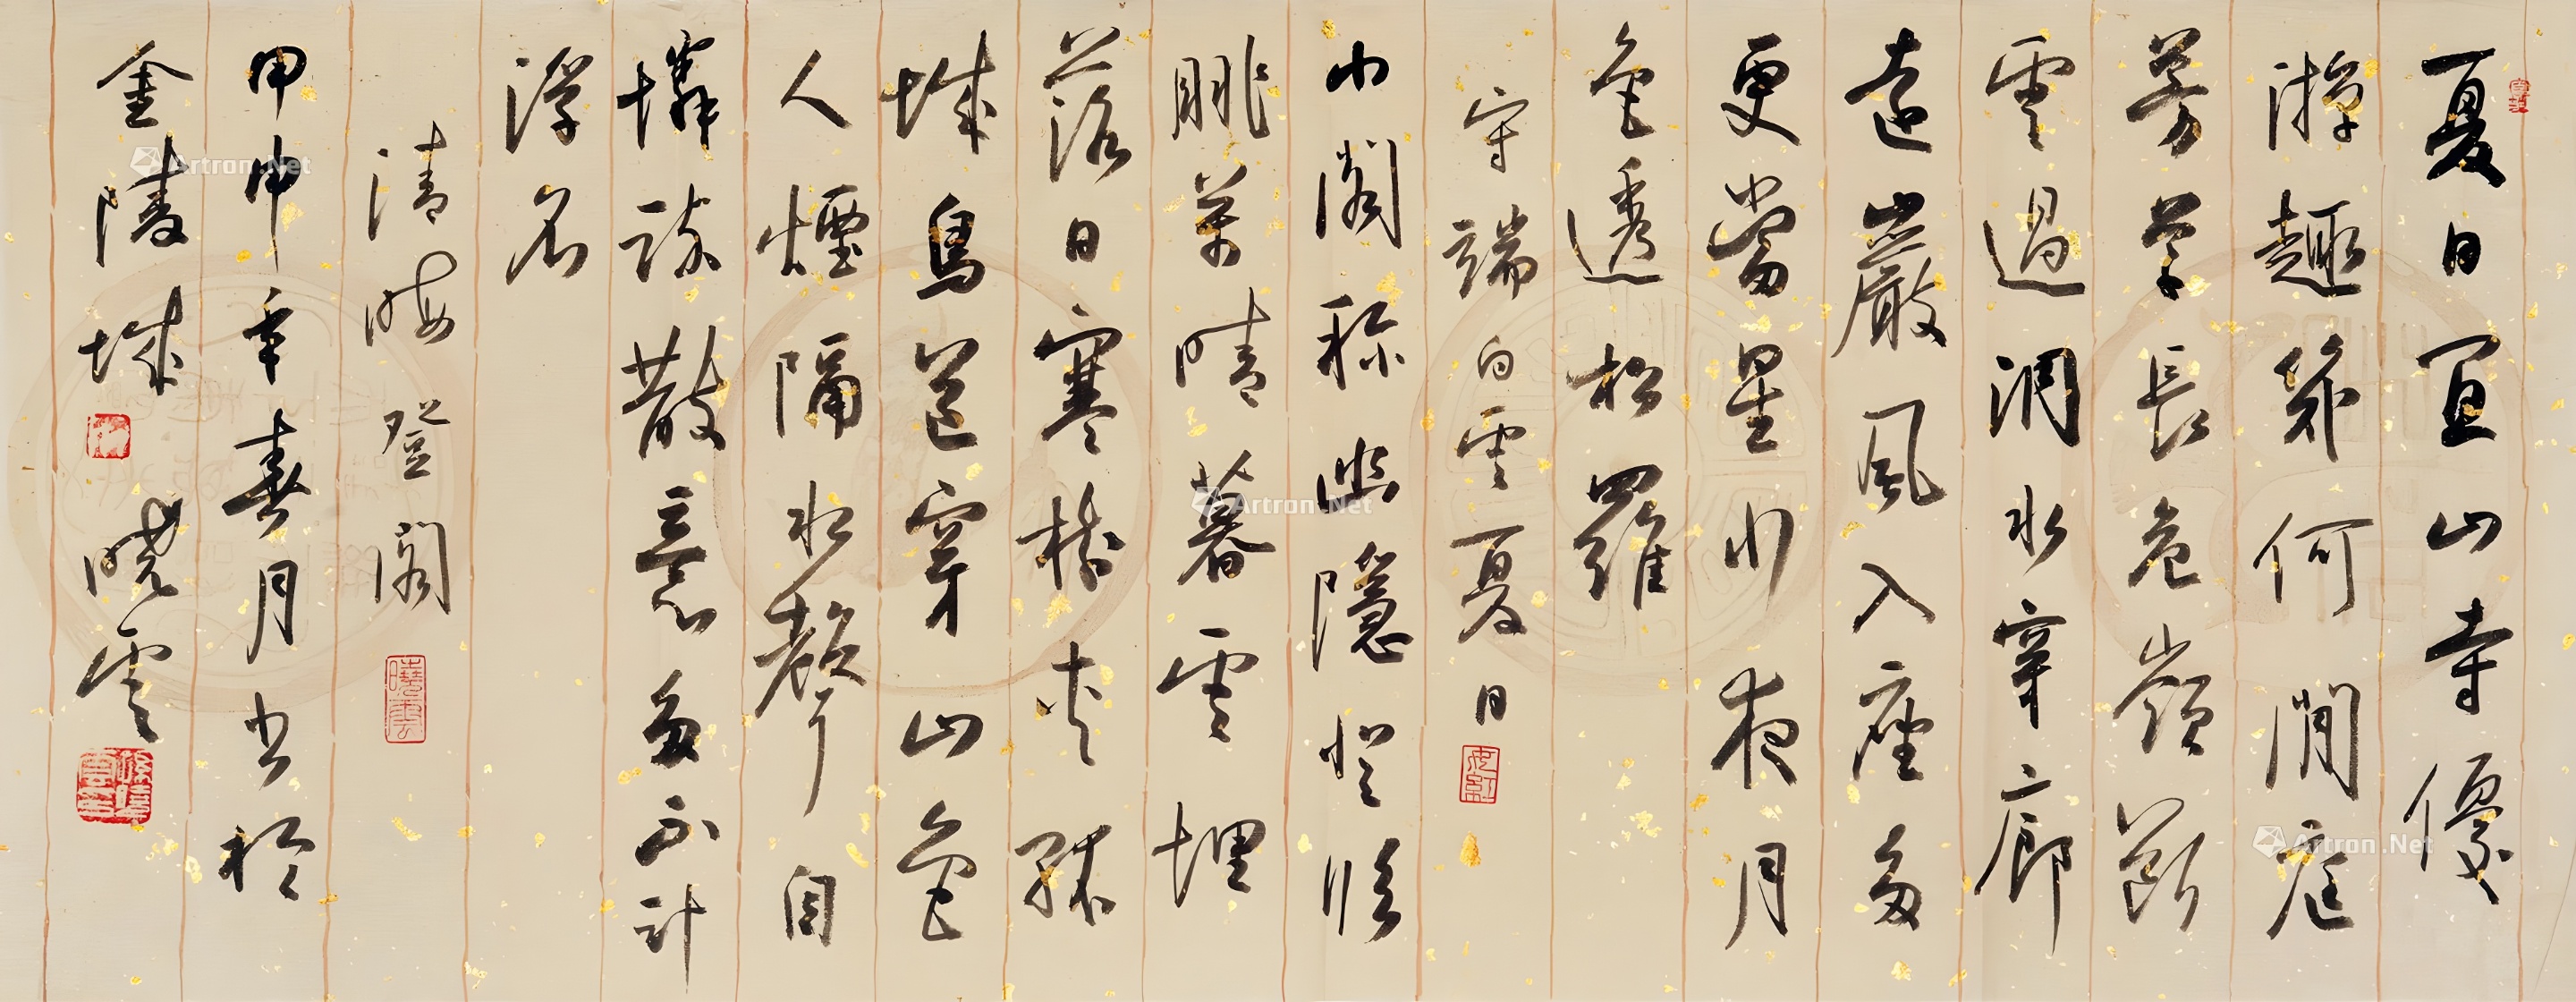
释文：夏日宜山寺，优游趣几何？闲庭芳草长，危岭断云过。洞水穿廊远，岩风入座多。更当星少夜，月色透松罗。守端《白云夏日》。小阁称幽隐，登临眺晚晴。暮云埋落日，寒树夹孤城。鸟道穿山色，人烟隔水声。自怜疏散意，多不计浮名。清晦《登阁》。甲申（2004）春月书于金陵城，晓云。